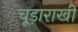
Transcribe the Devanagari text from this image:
चूड़ाराखी